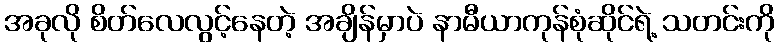
အခုလို စိတ်လေလွင့်နေတဲ့ အချိန်မှာပဲ နာမီယာကုန်စုံဆိုင်ရဲ့ သတင်းကို